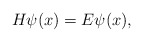
\begin{align*}H\psi(x)=E\psi(x),\end{align*}